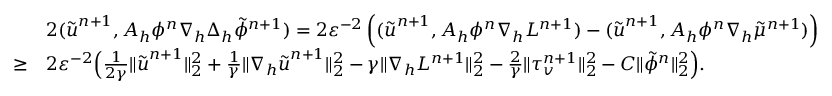
\begin{array} { r l } & { 2 ( \tilde { \boldsymbol { u } } ^ { n + 1 } , A _ { h } \phi ^ { n } \nabla _ { h } \Delta _ { h } \tilde { \phi } ^ { n + 1 } ) = 2 \varepsilon ^ { - 2 } \left( ( \tilde { \boldsymbol { u } } ^ { n + 1 } , A _ { h } \phi ^ { n } \nabla _ { h } { \cal L } ^ { n + 1 } ) - ( \tilde { \boldsymbol { u } } ^ { n + 1 } , { \cal A } _ { h } \phi ^ { n } \nabla _ { h } \tilde { \mu } ^ { n + 1 } ) \right) } \\ { \ge } & { 2 \varepsilon ^ { - 2 } \Big ( \frac { 1 } { 2 \gamma } \| \tilde { \boldsymbol { u } } ^ { n + 1 } \| _ { 2 } ^ { 2 } + \frac { 1 } { \gamma } \| \nabla _ { h } \tilde { \boldsymbol { u } } ^ { n + 1 } \| _ { 2 } ^ { 2 } - \gamma \| \nabla _ { h } { \cal L } ^ { n + 1 } \| _ { 2 } ^ { 2 } - \frac { 2 } { \gamma } \| \tau _ { v } ^ { n + 1 } \| _ { 2 } ^ { 2 } - C \| \tilde { \phi } ^ { n } \| _ { 2 } ^ { 2 } \Big ) . } \end{array}